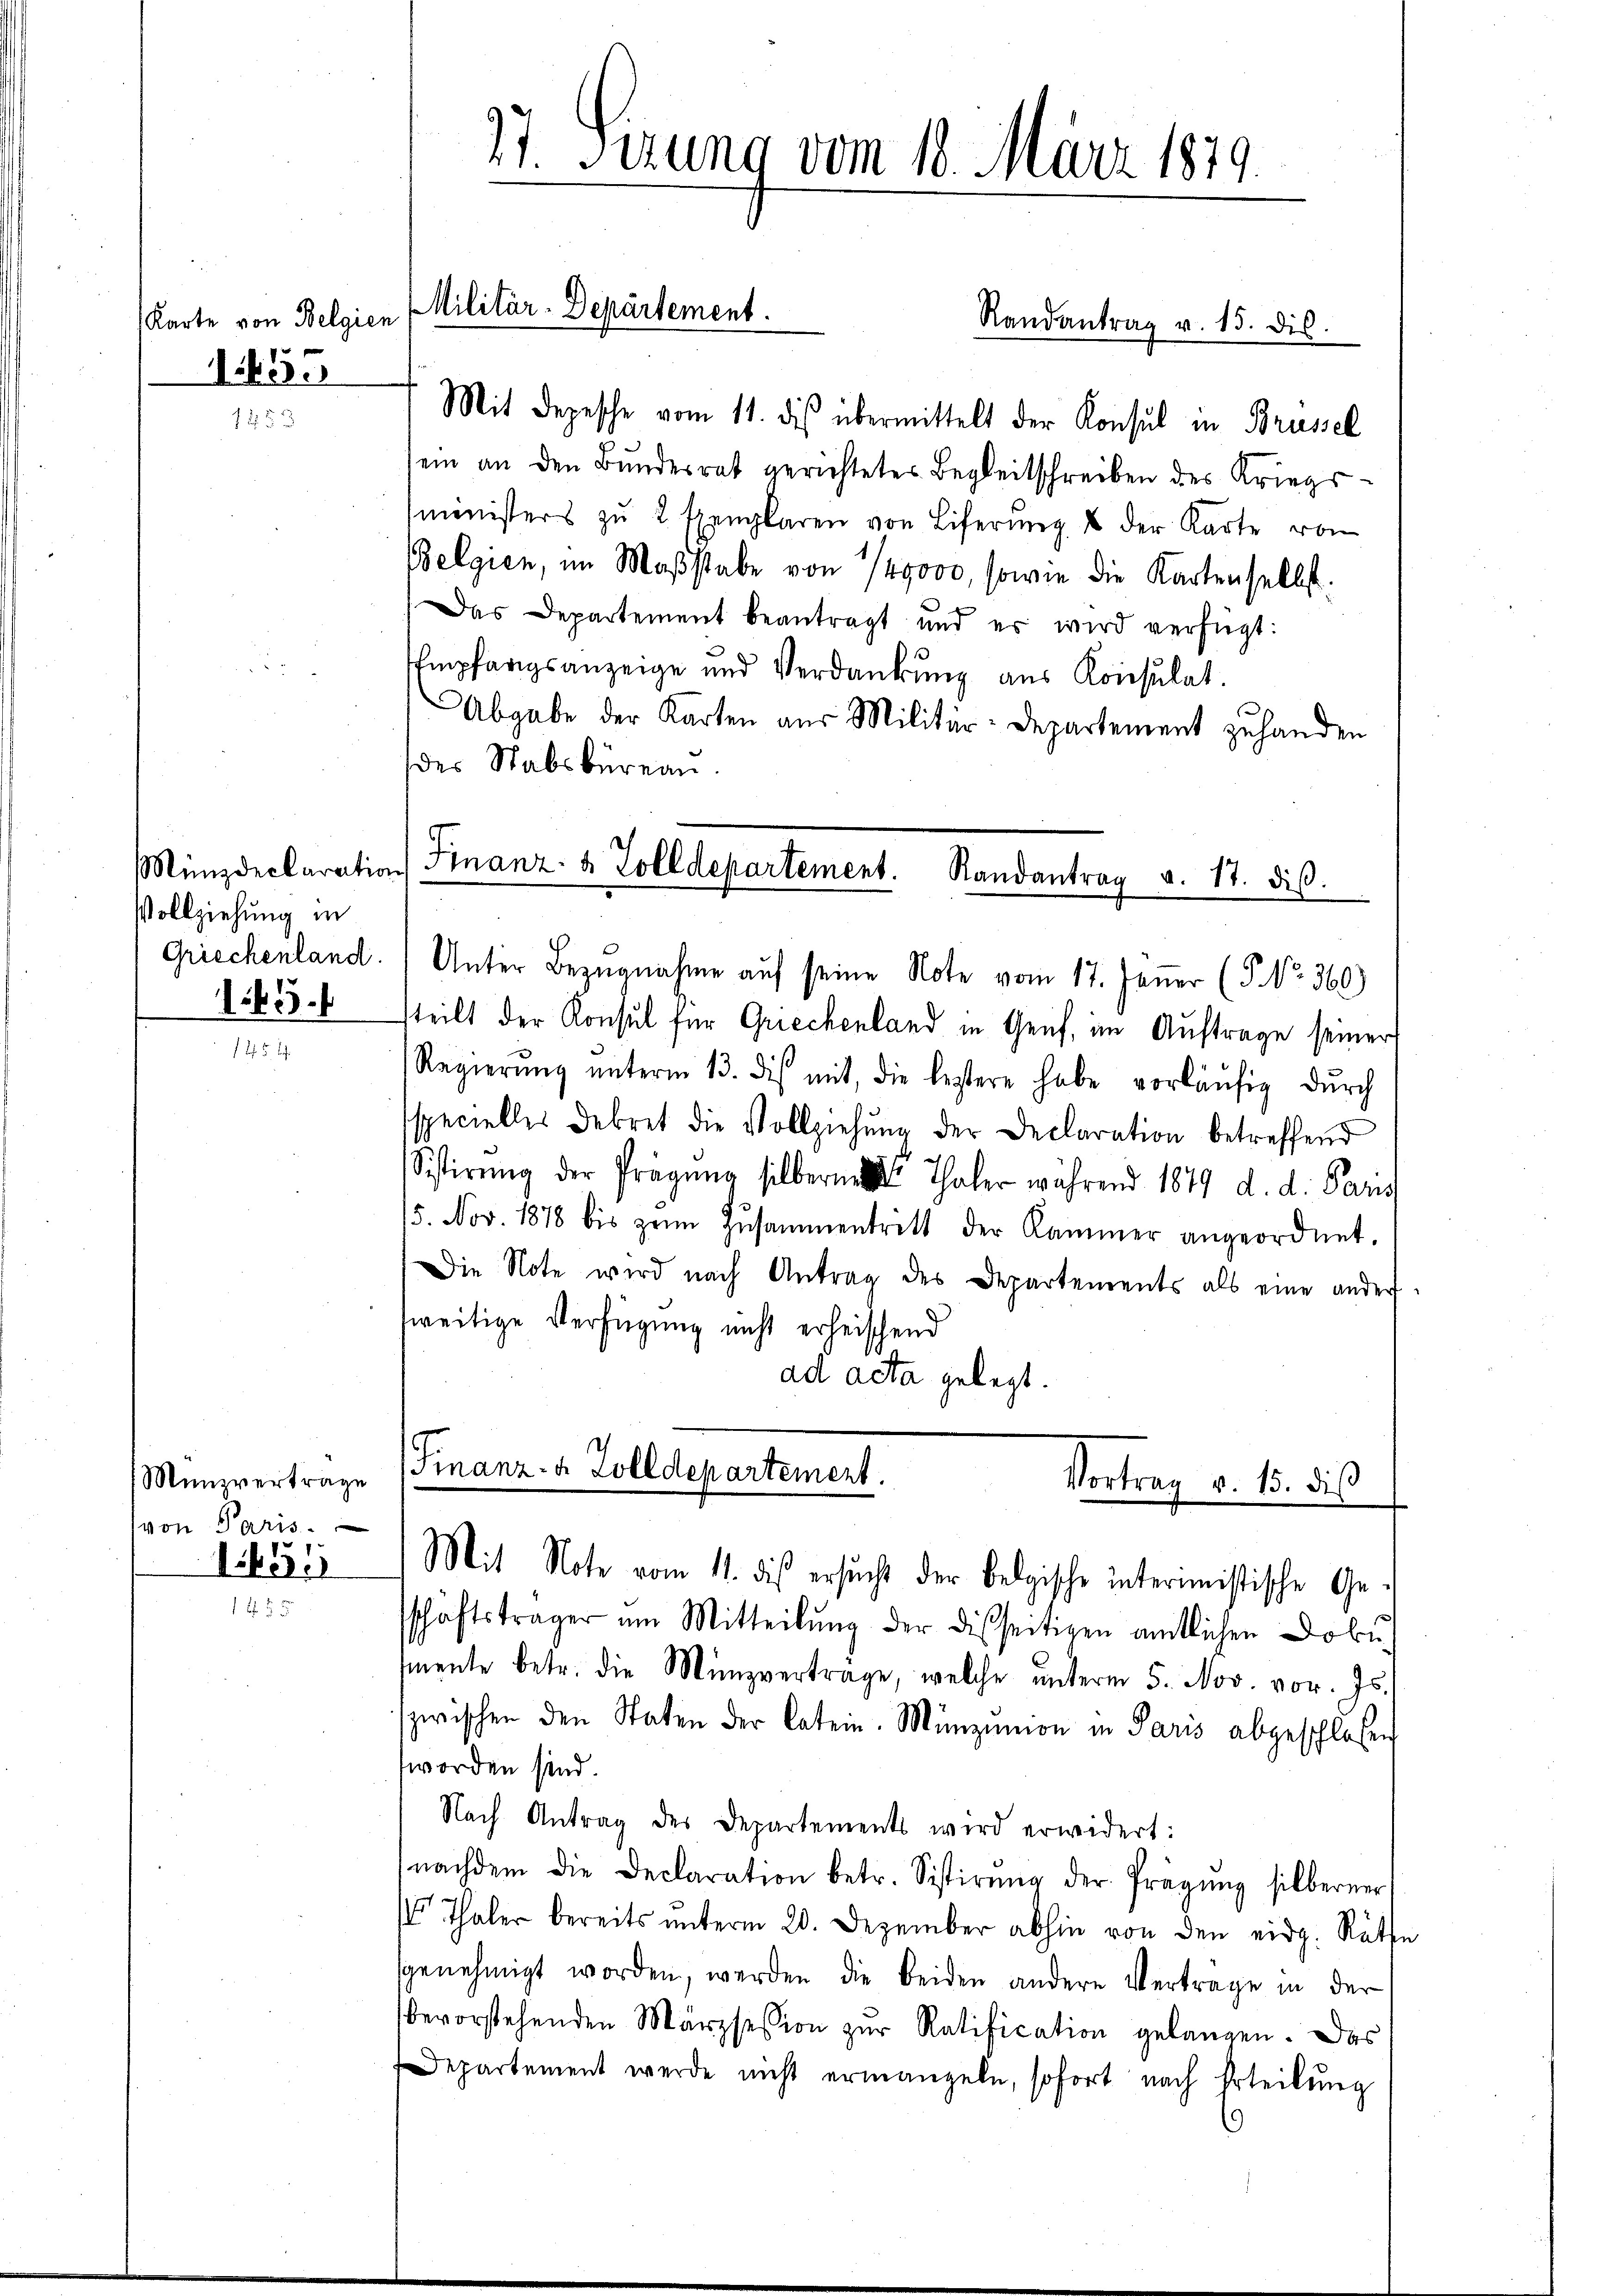
Karte von Belgien
1655

Vollziehung in
1655.

Münzvertrage
von Paris.
1651

1

27. Sezung vom 18. März 1879.

Militär-Departement.

Mit Depesche vom 11. des übermittelt der Konsul in Brüssel
sein an den Bundesrat gerichtetes Begleitschreiben des Kriegsministers zŭ 2 Exemplaren von Liferŭng u der Karte von
Belgien, im Maβstabe von 149000, sowie die Kartenselbst.
Das Departement beantragt und er wird verfügt:
Empfangsanzeige und Verdankung aus Konsulat
Abgabe der Karten aus Militär-Departement zu handen
der Stabsbureau
Münzdeclaration Finanz- & Zolldepartement. Randantrag v. 17. diβ.

Randantrag v. 15. dis.

Griechenland. Unter Bezugnahme auf seine Note vom 17. Jener (§. No. 360)

steilt der Konsul für Griechenland in Genf, im Auftrage seiner
Regierŭng ŭnterm 13. dis mit, die letztere habe vorläŭfig dŭrch
sspecielles Dekret die Vollziehŭng der Declaration betreffend
Sistirŭng der Prägung silberner Thaler während 1879 d. d. Pans
15. Nov. 1878 bis zum Zusammentritt der Kammer angeordnet.
Die Note wird nach Antrag des Departements als eine ander
weitige Verfügung nicht erheischend
ad acta gelegt.
Finanz-A Zolldepartement.
Vortrag v. 15. dis

Mit Note vom 11. dis ersucht der Belgische interimistische Ge-

sschäftsträger am Mitteilŭng der disseitigen amtlichen Doku
mente betr. die Münzverträge, welche ŭnterm 5. Nov. vor. Js.
zwischen den Staten der Catein. Münzion in Paris abgeschloßen
worden sind.
Nach Antrag des Departements wird erwidert:
nachdem die Declaration betr. Sistirŭng der Prägŭng silberner
 Thaler bereits ŭnterm 20. Dezember abhin von den eidg. Räthe
genehmigt worden, werden die beiden andere Vertrage in der
bevorstehenden Märzsession zŭr Ratification gelangen. Das
Departement werde nicht ermangeln, sofort nach Erteilung